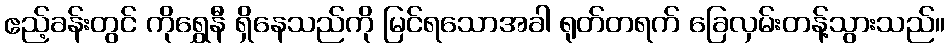
ဧည့်ခန်းတွင် ကိုရွှေနီ ရှိနေသည်ကို မြင်ရသောအခါ ရုတ်တရက် ခြေလှမ်းတန့်သွားသည်။